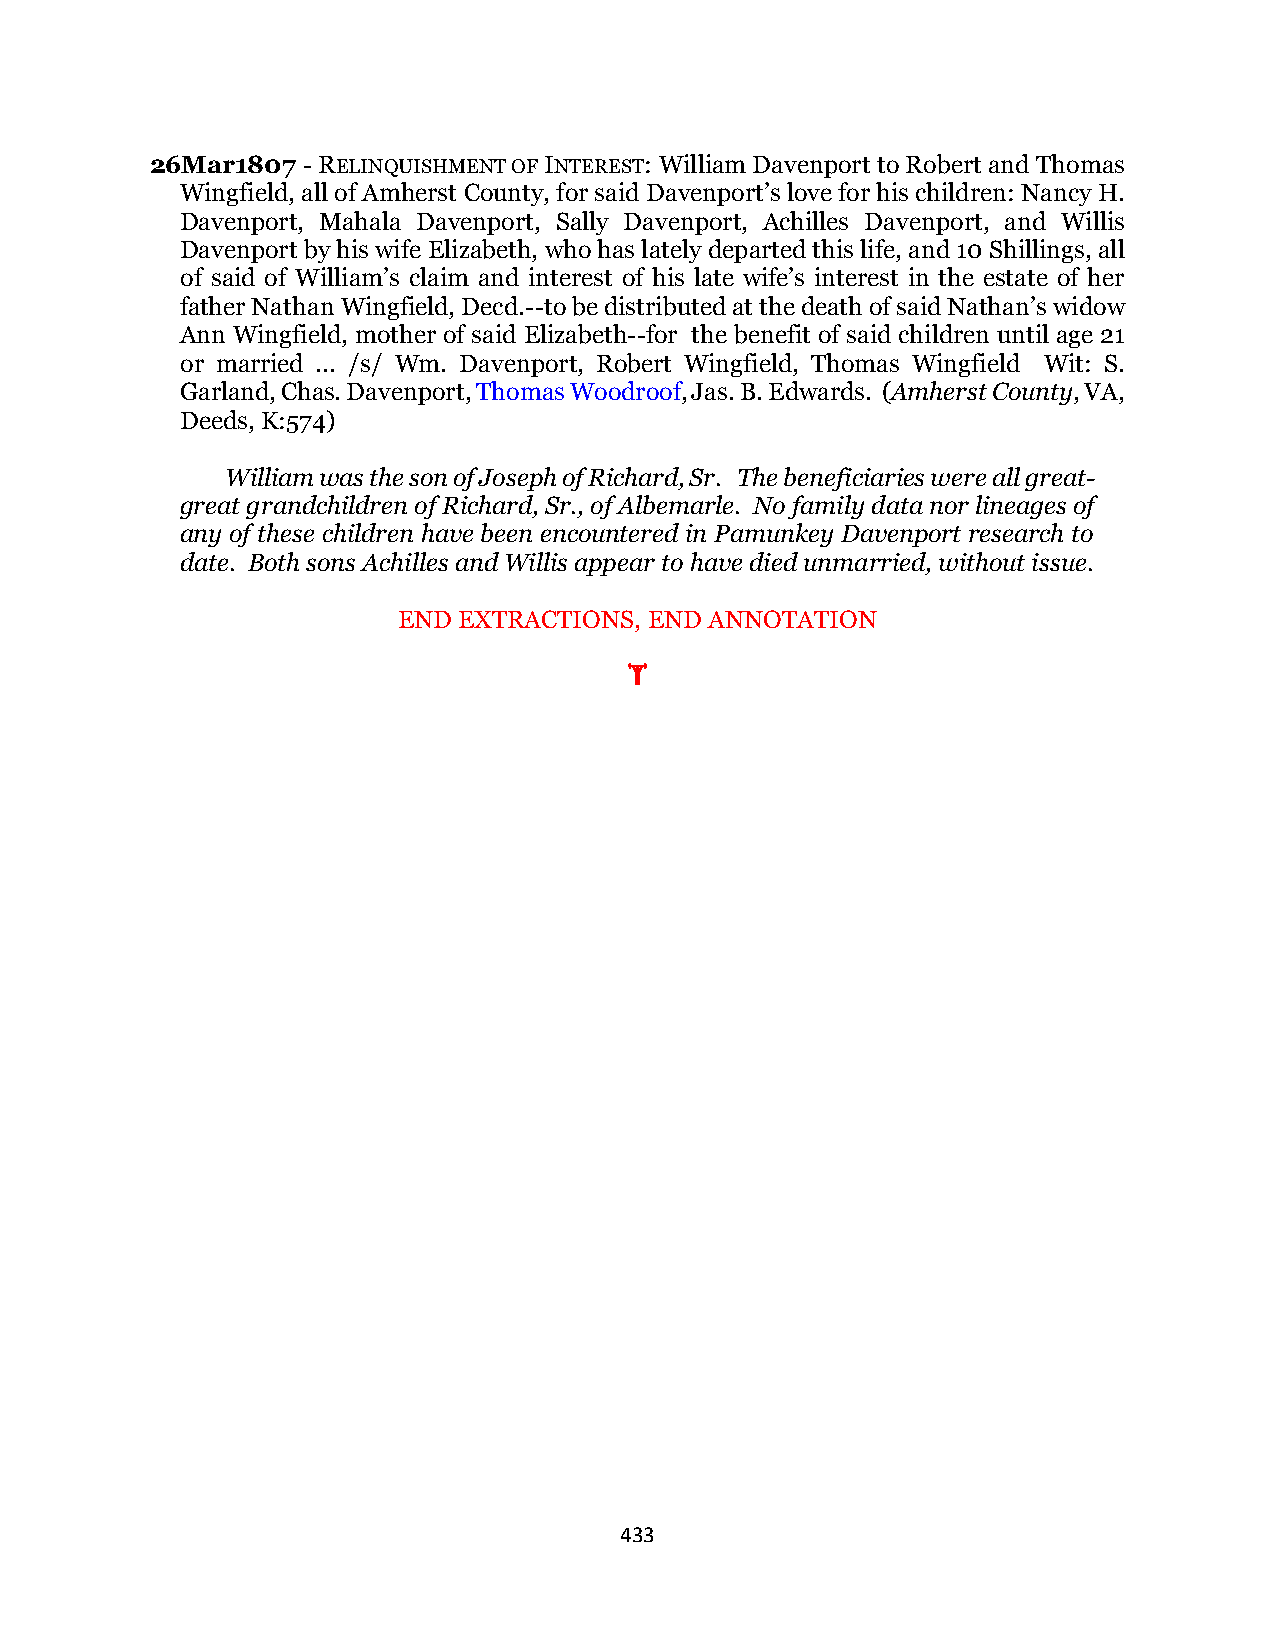
26Mar1807 - RELINQUISHMENT OF INTEREST: William Davenport to Robert and Thomas
 Wingfield, all of Amherst County, for said Davenport’s love for his children: Nancy H.
 Davenport, Mahala Davenport, Sally Davenport, Achilles Davenport, and Willis
 Davenport by his wife Elizabeth, who has lately departed this life, and 10 Shillings, all
 of said of William’s claim and interest of his late wife’s interest in the estate of her
 father Nathan Wingfield, Decd.--to be distributed at the death of said Nathan’s widow
 Ann Wingfield, mother of said Elizabeth--for the benefit of said children until age 21
 or married ... /s/ Wm. Davenport, Robert Wingfield, Thomas Wingfield Wit: S.
 Garland, Chas. Davenport, Thomas Woodroof, Jas. B. Edwards. (Amherst County, VA,
 Deeds, K:574)
 William was the son of Joseph of Richard, Sr. The beneficiaries were all great-
 great grandchildren of Richard, Sr., of Albemarle. No family data nor lineages of
 any of these children have been encountered in Pamunkey Davenport research to
 date. Both sons Achilles and Willis appear to have died unmarried, without issue.
 END EXTRACTIONS, END ANNOTATION
 
 433